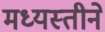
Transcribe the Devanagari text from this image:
मध्यस्तीने